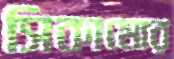
সিকামোর